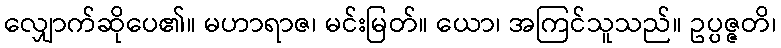
လျှောက်ဆိုပေ၏။ မဟာရာဇ၊ မင်းမြတ်။ ယော၊ အကြင်သူသည်။ ဥပ္ပဇ္ဇတိ၊